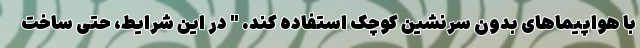
با هواپیماهای بدون سرنشین کوچک استفاده کند. " در این شرایط، حتی ساخت